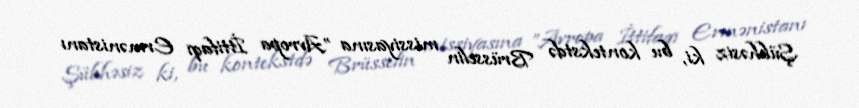
Şübhəsiz ki, bu kontekstdə Brüsselin missiyasına ”Avropa İttifaqı Ermənistanı